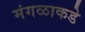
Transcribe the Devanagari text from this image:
मंगळाकडे